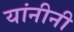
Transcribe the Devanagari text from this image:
यांनीनी